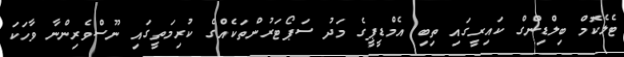
ޓެލެކޮމް ބިލްޑިންގް ކައިރީގައި ތިބި އެމްޑީޕީގެ މަދު ސަޕޯޓަރުންތަކެއްގެ ކުރިމަތީގައި ނޫސްވެރިންނާ ވާހަކަ